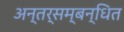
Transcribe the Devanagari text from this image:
अन्तर्सम्बन्धित